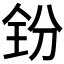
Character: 𪞇